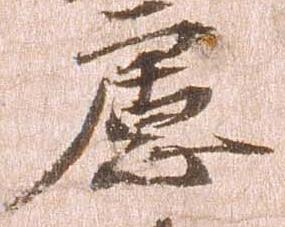
慮